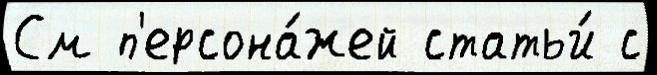
См п'ерсона́жей статьи́ с